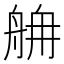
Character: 𦨸